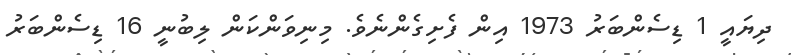
ދިޔައީ 1 ޑިސެންބަރު 1973 އިން ފެށިގެންނެވެ. މިނިވަންކަން ލިބުނީ 16 ޑިސެންބަރު